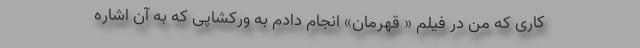
کاری که من در فیلم « قهرمان» انجام دادم به ورکشاپی که به آن اشاره